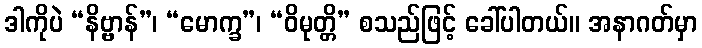
ဒါကိုပဲ “နိဗ္ဗာန်”၊ “မောက္ခ”၊ “ဝိမုတ္တိ” စသည်ဖြင့် ခေါ်ပါတယ်။ အနာဂတ်မှာ